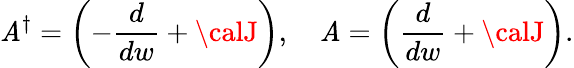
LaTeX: {\cal\mathit{A}}^{\dagger}=\biggl(-\frac{{d}}{{dw}}+{\calJ}\biggr),\, \, \, \, \, \, {\cal\mathit{A}}=\biggl(\frac{{d}}{{dw}}+{\calJ}\biggr).